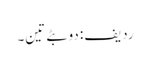
ردیف: دو بٹے تین۔